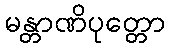
မန္တာဏိပုတ္တော